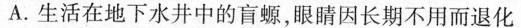
A.生活在地下水井中的盲螈，眼睛因长期不用而退化